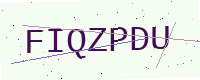
Text: FIQZPDU